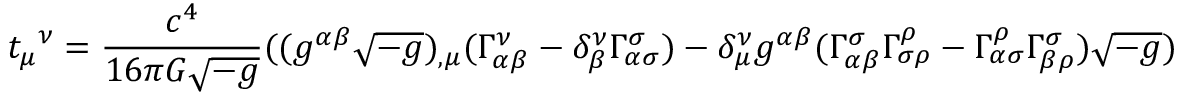
{ t _ { \mu } } ^ { \nu } = { \frac { c ^ { 4 } } { 1 6 \pi G { \sqrt { - g } } } } ( ( g ^ { \alpha \beta } { \sqrt { - g } } ) _ { , \mu } ( \Gamma _ { \alpha \beta } ^ { \nu } - \delta _ { \beta } ^ { \nu } \Gamma _ { \alpha \sigma } ^ { \sigma } ) - \delta _ { \mu } ^ { \nu } g ^ { \alpha \beta } ( \Gamma _ { \alpha \beta } ^ { \sigma } \Gamma _ { \sigma \rho } ^ { \rho } - \Gamma _ { \alpha \sigma } ^ { \rho } \Gamma _ { \beta \rho } ^ { \sigma } ) { \sqrt { - g } } )